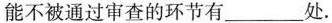
能不被通过审查的环节有___处.